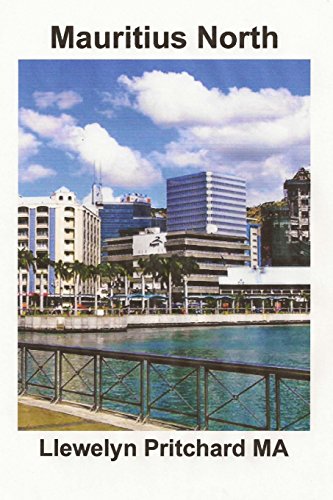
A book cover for Mauritius North: A Souvenir Collection of colour photographs with captions (Photo Albums) (Volume 11) (Korean Edition); Llewelyn Pritchard MA; Travel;